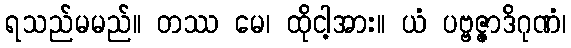
ရသည်မမည်။ တဿ မေ၊ ထိုငါ့အား။ ယံ ပဗ္ဗဇ္ဇာဒိဂုဏံ၊